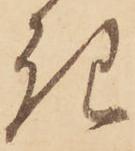
き